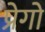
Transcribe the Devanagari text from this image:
प्रेगो